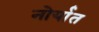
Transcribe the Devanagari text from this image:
नोर्यात